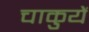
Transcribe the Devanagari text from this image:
चाकुयें